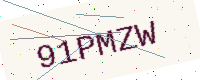
Text: 91PMZW